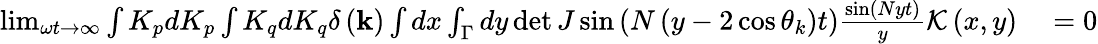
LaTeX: \begin{array}{rl}{\operatorname*{lim}_{\omega t\rightarrow\infty}\int K_{p}dK_{p}\int K_{q}dK_{q}\delta\left(\mathbf{k}\right)\int dx\int_{\Gamma}dy\operatorname*{det}J\sin\left(N\left(y-2\cos\theta_{k}\right)t\right)\frac{\sin\left(Nyt\right)}{y}\mathcal{K}\left(x,y\right)}&{{}=0}\end{array}